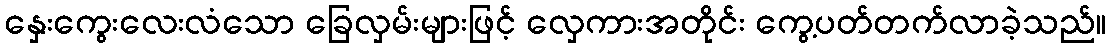
နှေးကွေးလေးလံသော ခြေလှမ်းများဖြင့် လှေကားအတိုင်း ကွေ့ပတ်တက်လာခဲ့သည်။